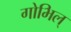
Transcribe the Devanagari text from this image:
गोभिल्